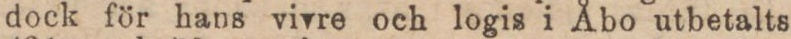
dock för hans vivre och logis i Åbo utbetalts